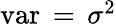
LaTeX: \textstyle\operatorname{var}\, =\, \sigma^{2}